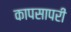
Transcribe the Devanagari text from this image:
कापसापरी